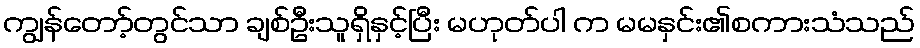
ကျွန်တော့်တွင်သာ ချစ်ဦးသူရှိနှင့်ပြီး မဟုတ်ပါ က မမနှင်း၏စကားသံသည်